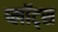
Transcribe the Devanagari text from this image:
प्लॉट्स